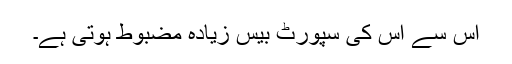
اس سے اس کی سپورٹ بیس زیادہ مضبوط ہوتی ہے۔